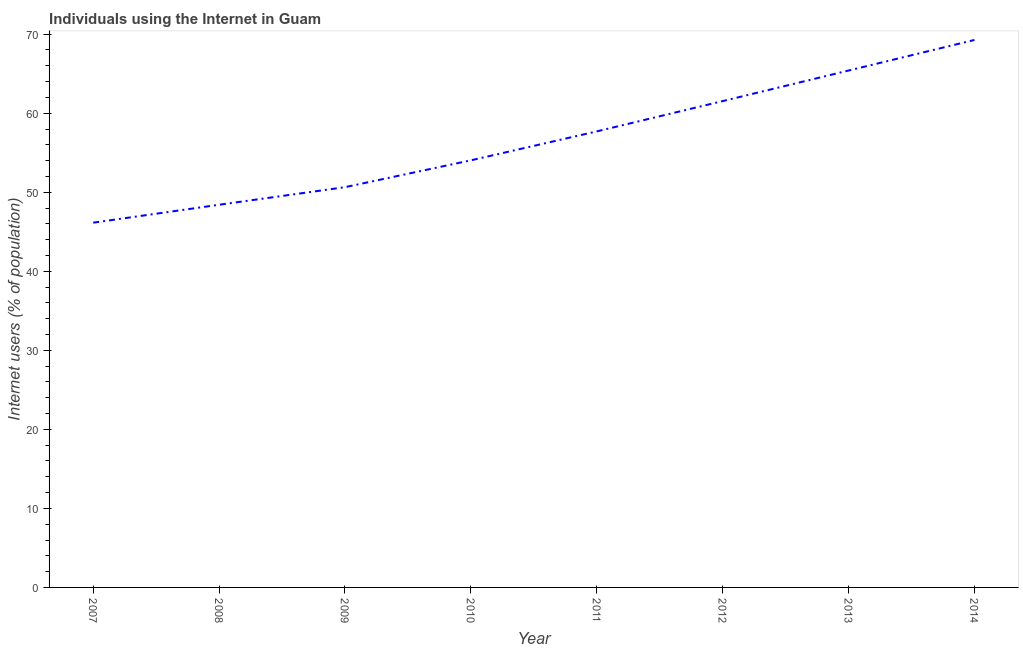
| Year | Internet users |
 | --- | --- |
 | 2007 | 46.2 |
 | 2008 | 48.4 |
 | 2009 | 50.6 |
 | 2010 | 54 |
 | 2011 | 57.7 |
 | 2012 | 61.5 |
 | 2013 | 65.4 |
 | 2014 | 69.3 |